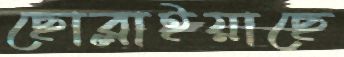
ছোব্‌লাইয়াছে